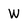
Character: W